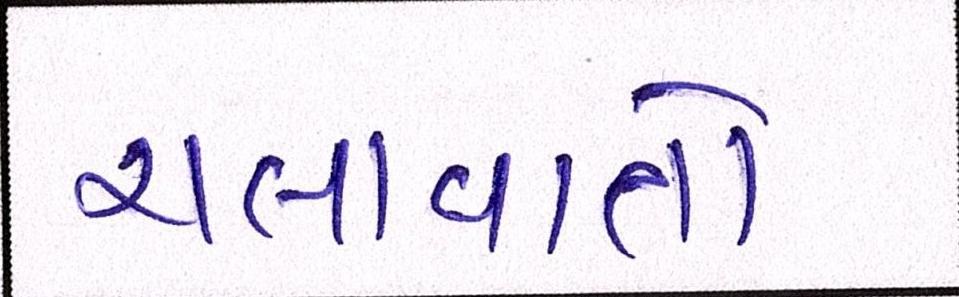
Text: ચલાવાતો